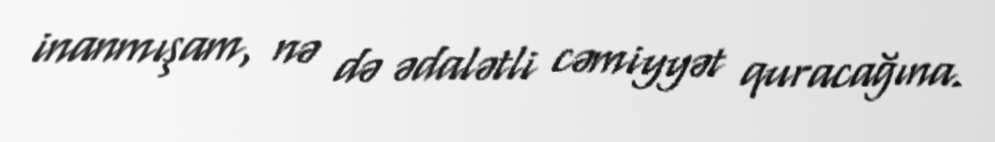
inanmışam, nə də ədalətli cəmiyyət quracağına.